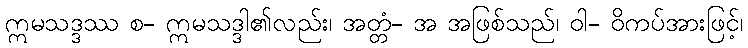
ဣမသဒ္ဒဿ စ- ဣမသဒ္ဒါ၏လည်း၊ အတ္တံ- အ အဖြစ်သည်၊ ဝါ- ဝိကပ်အားဖြင့်၊